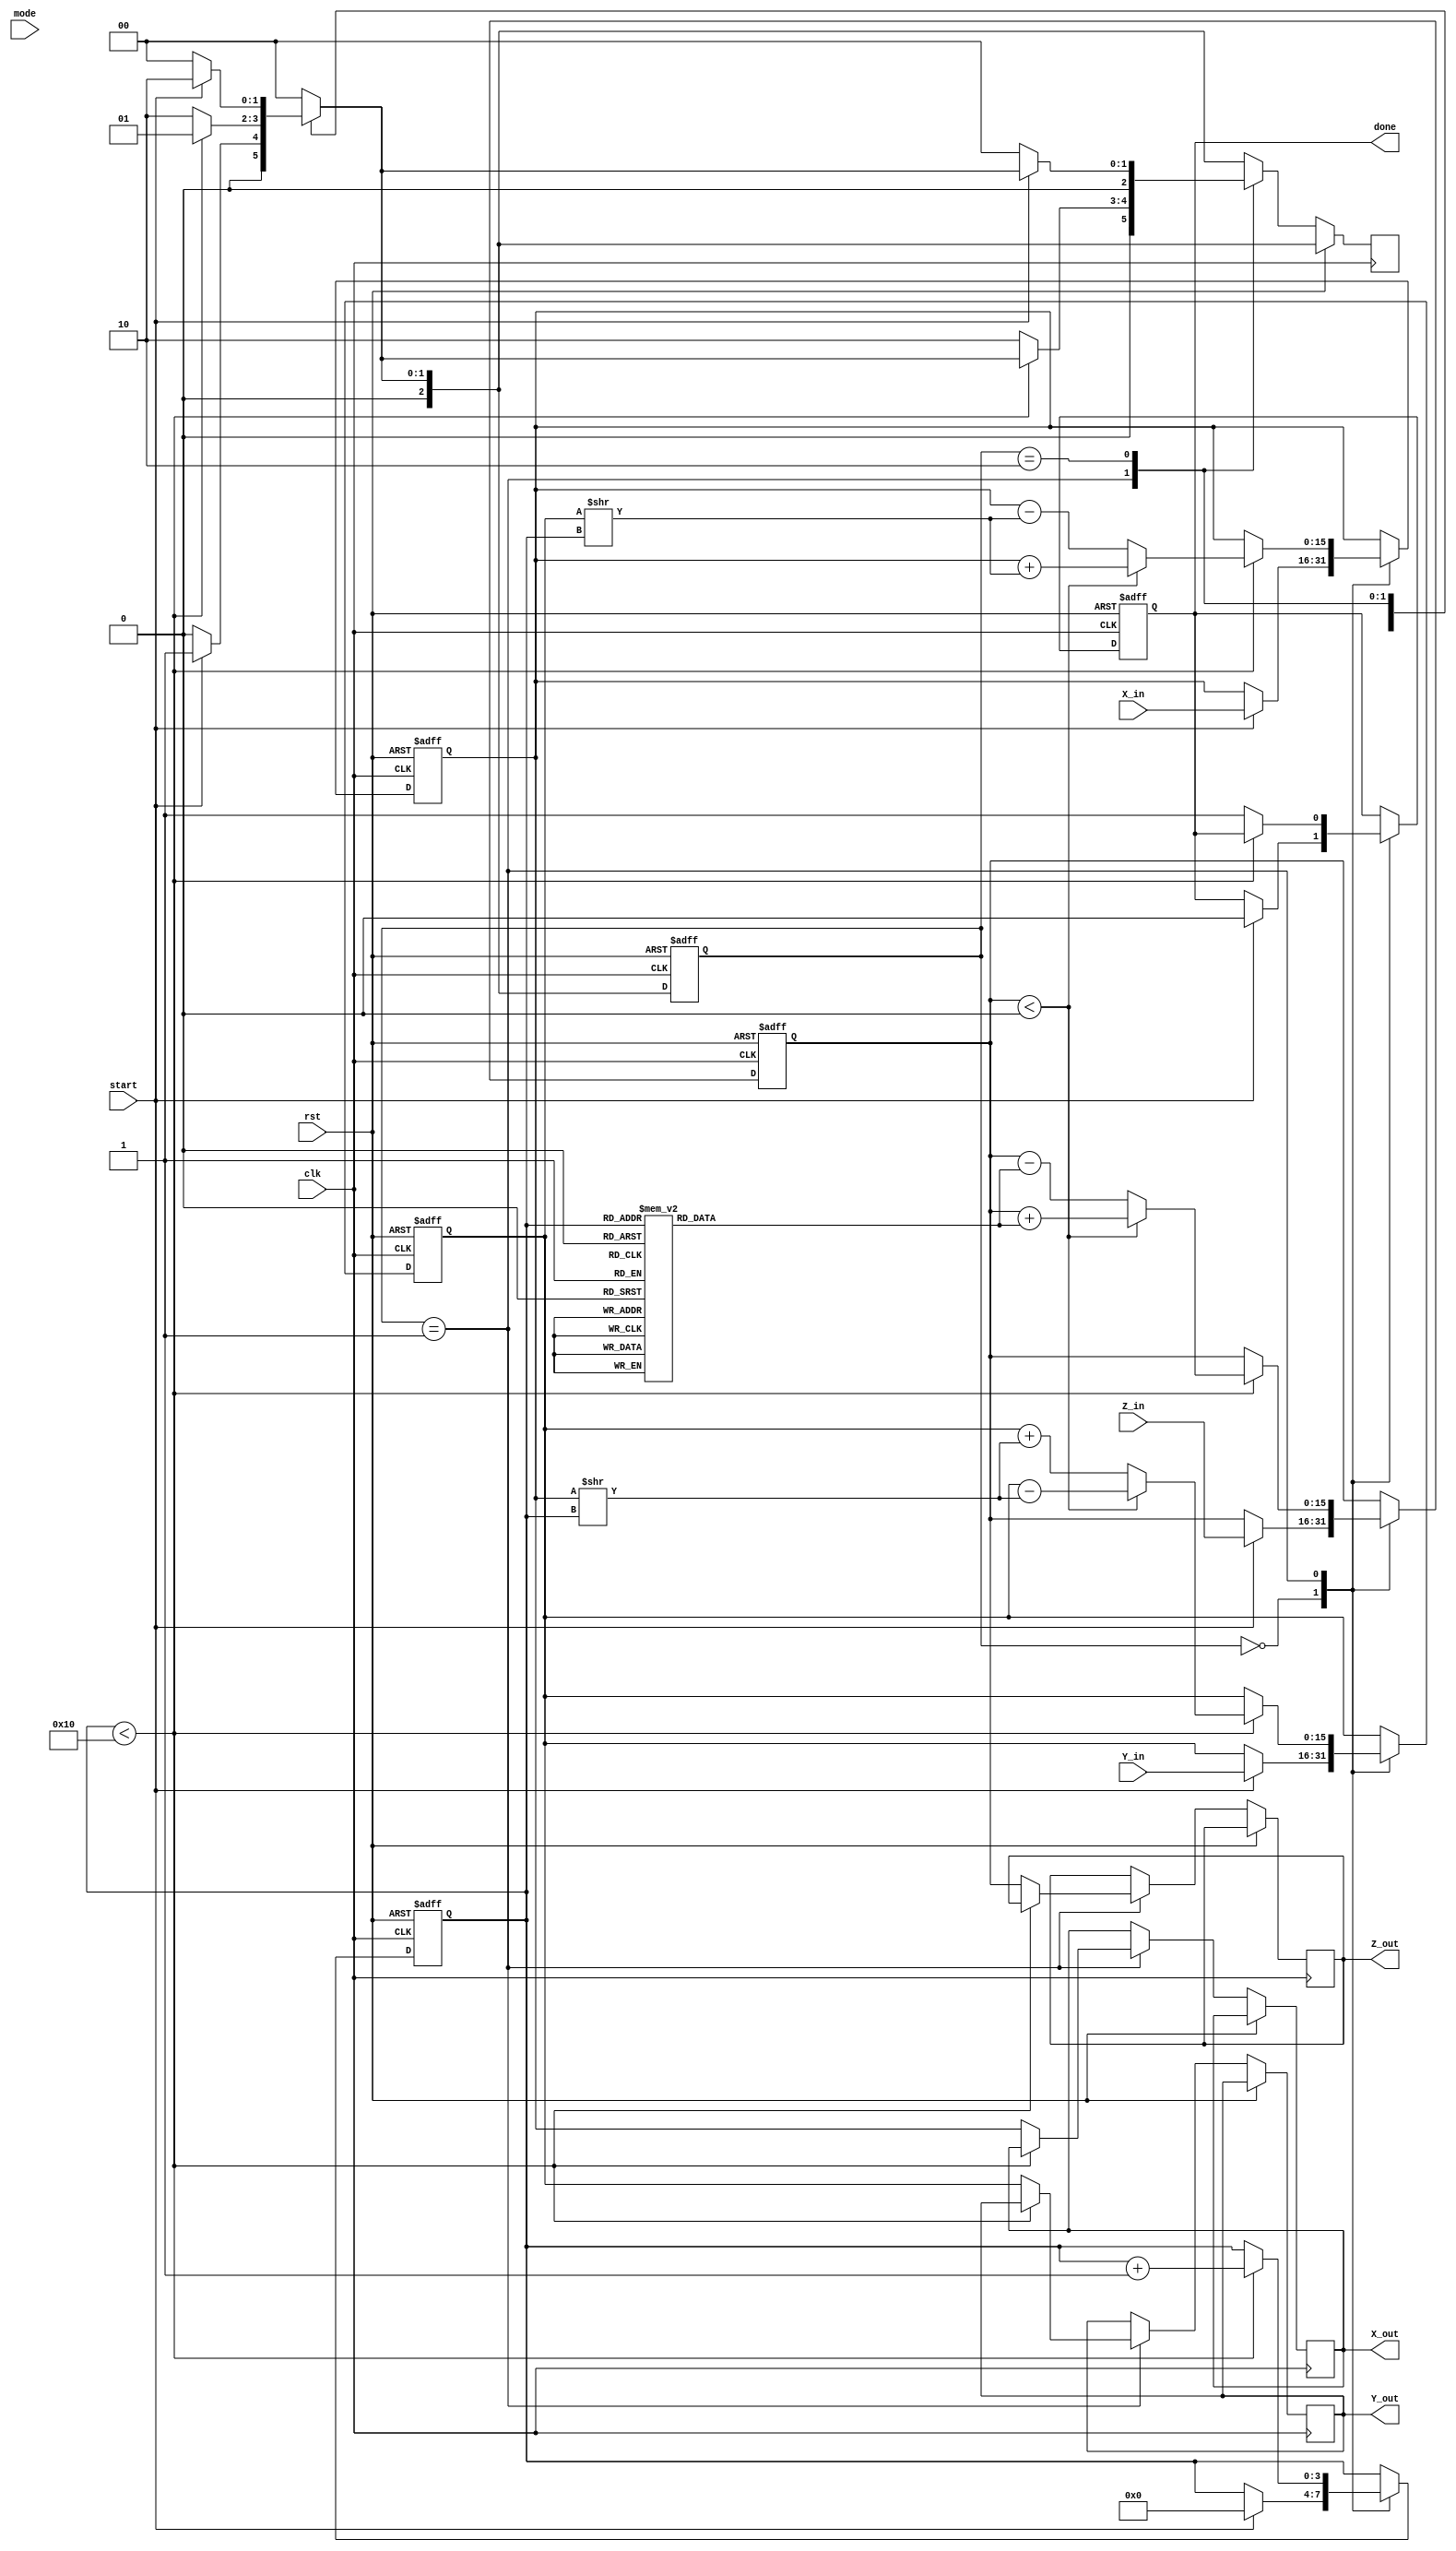
module CORDIC (
    input wire clk,
    input wire rst,
    input wire start,
    input wire [15:0] X_in,  // Fixed-point input X
    input wire [15:0] Y_in,  // Fixed-point input Y
    input wire [15:0] Z_in,  // Fixed-point input Z (angle)
    input wire [2:0] mode,    // Operation mode: 0 for rotation, 1 for vectoring, 2 for hyperbolic
    output reg [15:0] X_out,  // Fixed-point output X
    output reg [15:0] Y_out,  // Fixed-point output Y
    output reg [15:0] Z_out,  // Fixed-point output Z (angle)
    output reg done           // Operation complete flag
);

    // CORDIC constants
    reg [15:0] atan_tbl [0:15];  // Lookup table for arctangent values
    initial begin
        atan_tbl[0] = 16'h0000; // atan(0)
        atan_tbl[1] = 16'h26DB; // atan(1/2)
        atan_tbl[2] = 16'h1C71; // atan(1/4)
        atan_tbl[3] = 16'h15B5; // atan(1/8)
        // Add more precomputed values as needed
    end
    
    // State encoding
    reg [2:0] state, next_state;
    parameter IDLE = 3'b000, RUN = 3'b001, DONE = 3'b010;

    // Internal registers
    reg [15:0] X, Y, Z;
    reg [3:0] iteration;  // Iteration count

    // Main CORDIC computation
    always @(posedge clk or posedge rst) begin
        if (rst) begin
            state <= IDLE;
            X <= 16'b0;
            Y <= 16'b0;
            Z <= 16'b0;
            iteration <= 4'b0;
            done <= 1'b0;
        end else begin
            state <= next_state;
            case (state)
                IDLE: begin
                    if (start) begin
                        // Initialize inputs and state
                        X <= X_in;
                        Y <= Y_in;
                        Z <= Z_in;
                        iteration <= 4'b0;
                        done <= 1'b0;
                    end
                end
                RUN: begin
                    if (iteration < 16) begin
                        // CORDIC iteration logic
                        if (Z < 0) begin
                            // Rotate counter-clockwise
                            X <= X + (Y >> iteration);
                            Y <= Y - (X >> iteration);
                            Z <= Z + atan_tbl[iteration];
                        end else begin
                            // Rotate clockwise
                            X <= X - (Y >> iteration);
                            Y <= Y + (X >> iteration);
                            Z <= Z - atan_tbl[iteration];
                        end
                        iteration <= iteration + 1;
                    end else begin
                        // All iterations complete
                        X_out <= X;
                        Y_out <= Y;
                        Z_out <= Z;
                        done <= 1'b1;
                        next_state <= DONE;
                    end
                end
                DONE: begin
                    // Wait for reset or new start signal
                    if (~start) begin
                        next_state <= IDLE;
                    end
                end
            endcase
        end
    end

    // State transition logic
    always @* begin
        case (state)
            IDLE: next_state = start ? RUN : IDLE;
            RUN: next_state = (iteration < 16) ? RUN : DONE;
            DONE: next_state = (~start) ? IDLE : DONE;
            default: next_state = IDLE;
        endcase
    end
endmodule